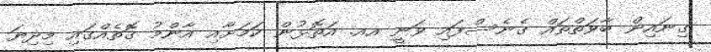
ގިނައިން ބާވަތްތައް ގެނެސްފައި ވަނީ އއ. އަތޮޅުން ކަމަށާއި އާންމު ގޮތެއްގައި މިދިޔަ